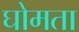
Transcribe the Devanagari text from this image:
घोमता